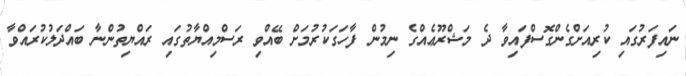
ނައިފަރުގައި ކުރިއަށްގެންގޮސްފައިވާ ދެ މަޝްރޫޢެއްގެ ނިމުން ފާހަގަކުރުމަށް ބޭއްވި ރަސްމިއްޔާތުގައި ރައްޔިތުންނާ ބައްދަލުކުރައްވާ